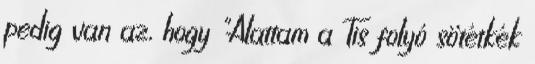
pedig van az, hogy "Alattam a Tis folyó sötétkék